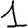
Digit: 1